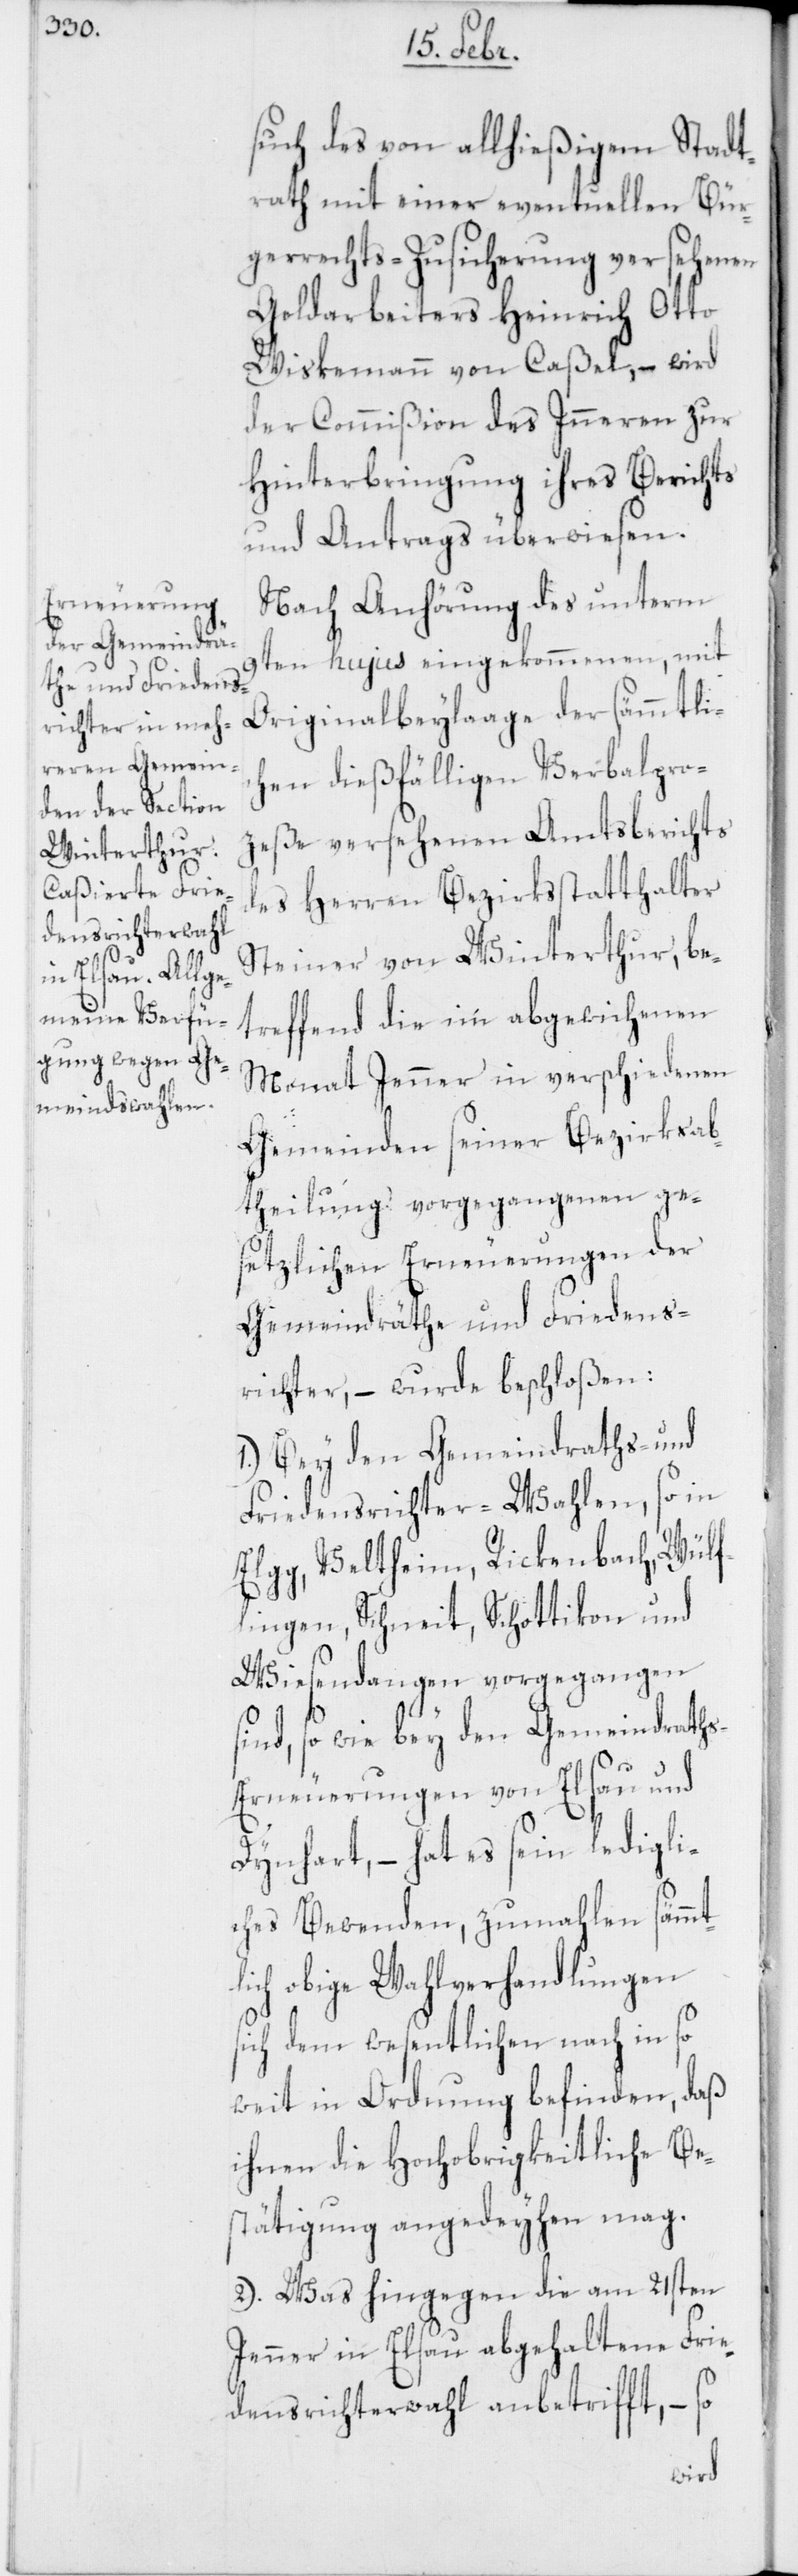
such des von allhießigem Stadt¬
rath mit einer eventuellen Bür¬
gerrechts-Zusicherung versehenen
Goldarbeiters Heinrich Otto
Wiskemann von Caßel, – wird
der Commißion des Inneren zur
Hinterbringung ihres Berichts
und Antrags überwiesen.
Nach Anhörung des unterm
9ten hujus eingekommenen, mit
Originalbeylaage der sämmtlic¬
hen dießfälligen Verbalpro¬
zeße versehenen Amtsberichts
des Herren Bezirksstatthalter
Steiner von Winterthur, be¬
treffend die im abgewichenen
Monat Jenner in verschiedenen
Gemeinden seiner Bezirksab¬
theilung vorgegangenen ge¬
setzlichen Erneuerungen der
Gemeindräthe und Friedens¬
richter, – wurde beschloßen:
1. Bey den Gemeindraths- und
Friedensrichter-Wahlen, so in
Elgg, Veltheim, Rickenbach, Wülf¬
lingen, Schneit, Schottikon und
Wiesendangen vorgegangen
sind, so wie bey den Gemeindrath¬
s-Erneuerungen von Elsau und
s¬
Dynhard, – hat es sein ledigli¬
ches Bewenden, zumahlen sämmt¬
lich obige Wahlverhandlungen
ich dem wesentlichen nach in so
weit in Ordnung befinden, daß
ihnen die Hochobrigkeitliche Be¬
stätigung angedeyhen mag.
2. Was hingegen die am 21sten
Jenner in Elsau abgehaltene Frie¬
densrichterwahl anbetrifft, – so